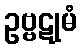
ဥဗ္ဗဋုမံ